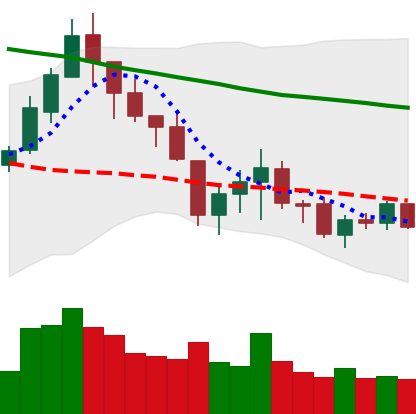
Ticker: LTC-USD
Chart end date: 2018-05-21
Forward return: -12.068%
Label: down_7plus